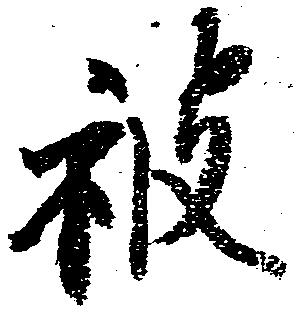
被